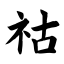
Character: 祜